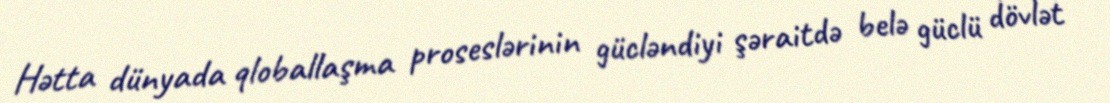
Hətta dünyada qloballaşma proseslərinin gücləndiyi şəraitdə belə güclü dövlət